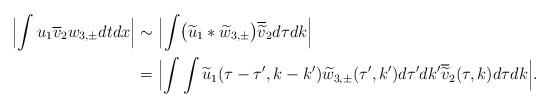
LaTeX: \begin{align*}\Bigl| \int u_{1} \overline{v}_{2} w_{3,\pm} dt dx \Bigr| & \sim \Bigl| \int \bigl( \widetilde{u}_{1} * \widetilde{w}_{3,\pm} \bigr) \overline{\widetilde{v}}_{2} d\tau d k \Bigr|\\& = \Bigl| \int \int \widetilde{u}_{1} (\tau-\tau', k-k')\widetilde{w}_{3,\pm}(\tau',k') d\tau' dk' \overline{\widetilde{v}}_{2} (\tau,k) d\tau d k \Bigr|.\end{align*}